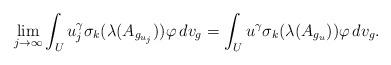
LaTeX: \begin{align*}\lim_{j \rightarrow \infty} \int_{U} u_j^{\gamma} \sigma_k (\lambda (A_{g_{u_j}}))\varphi \,dv_{g} = \int_{U} u^{\gamma} \sigma_k (\lambda (A_{g_{u}}))\varphi \,dv_{g}. \end{align*}